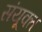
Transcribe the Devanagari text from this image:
संयूक्त